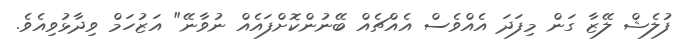
ފުލެޝް ލޭޒާ ގަން މިފަދަ އެއްވެސް އެއްޗެއް ބޭނުންކޮށްފައެއް ނުވާނޭ" އަޒުހަމް ވިދާޅުވިއެވެ.